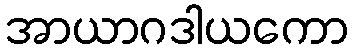
အာယာဂဒါယကော